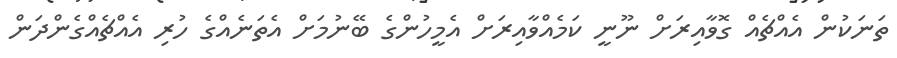
ތަނަކުން އެއްޗެއް ގޮވާއިރަށް ނޫނީ ކަމެއްވާއިރަށް އެމީހުންގެ ބޭނުމަށް އެތަނެއްގެ ހުރި އެއްޗެއްގެންދަން